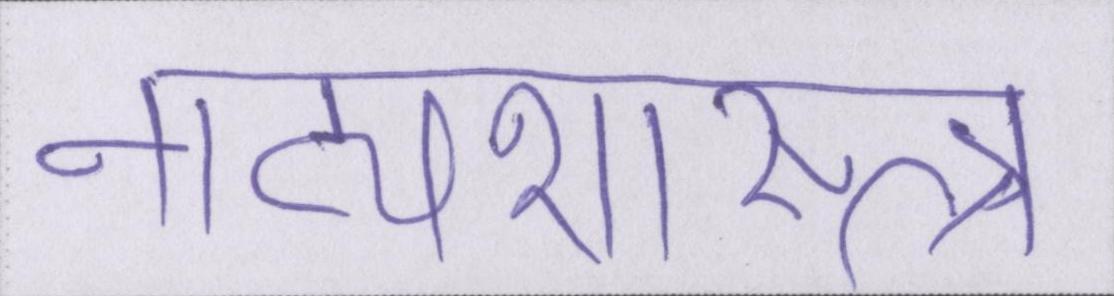
नाट्यशास्त्र